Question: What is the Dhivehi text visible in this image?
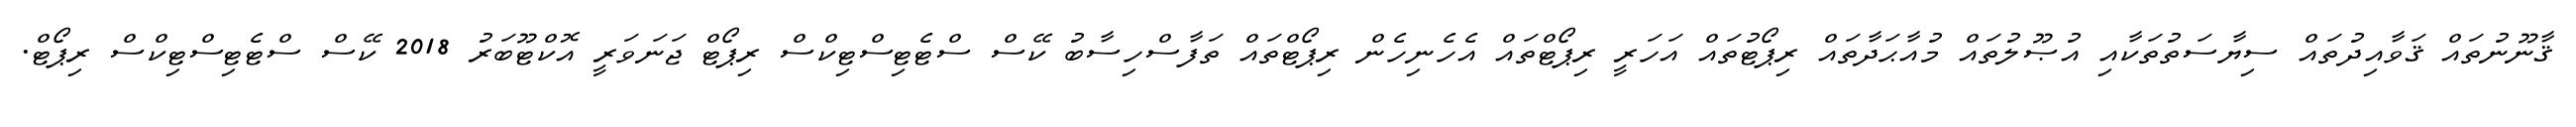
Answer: ޤާނޫނުތައް ޤަވާއިދުތައް ސިޔާސަތުތަކާއި އުޞޫލުތައް މުއާޙަދާތައް ރިޕޯޓުތައް އަހަރީ ރިޕޯޓްތައް އެހެނިހެން ރިޕޯޓްތައް ތަފާސްހިސާބު ކޭސް ސްޓެޓިސްޓިކްސް ރިޕޯޓް ޖަނަވަރީ އޮކްޓޫބަރު 2018 ކޭސް ސްޓެޓިސްޓިކްސް ރިޕޯޓް.